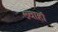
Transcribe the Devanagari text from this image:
ख्वाहाॅ